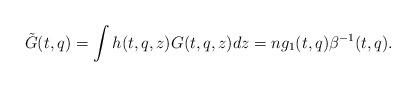
LaTeX: \begin{align*}\tilde G(t,q)=\int h(t,q,z)G(t,q,z) dz=n g_1(t,q)\beta^{-1}(t,q).\end{align*}